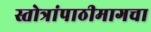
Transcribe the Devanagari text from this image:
स्तोत्रांपाठीमागचा